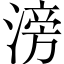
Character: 滂